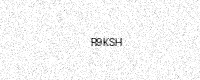
Text: R9KSH